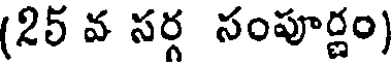
(25 వ సర్గ సంపూర్ణం)